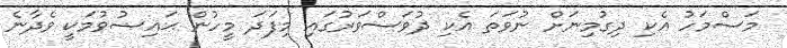
މަސްމަހު އެކި ދިގުމިނަށް ނުވަތަ އެކި ދުވަސްވަރުގައި މިފަދަ މީހުން ޙައިޟުވުމަކީ ވެދާނެ